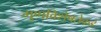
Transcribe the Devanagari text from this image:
गुणविशेषतेकडे